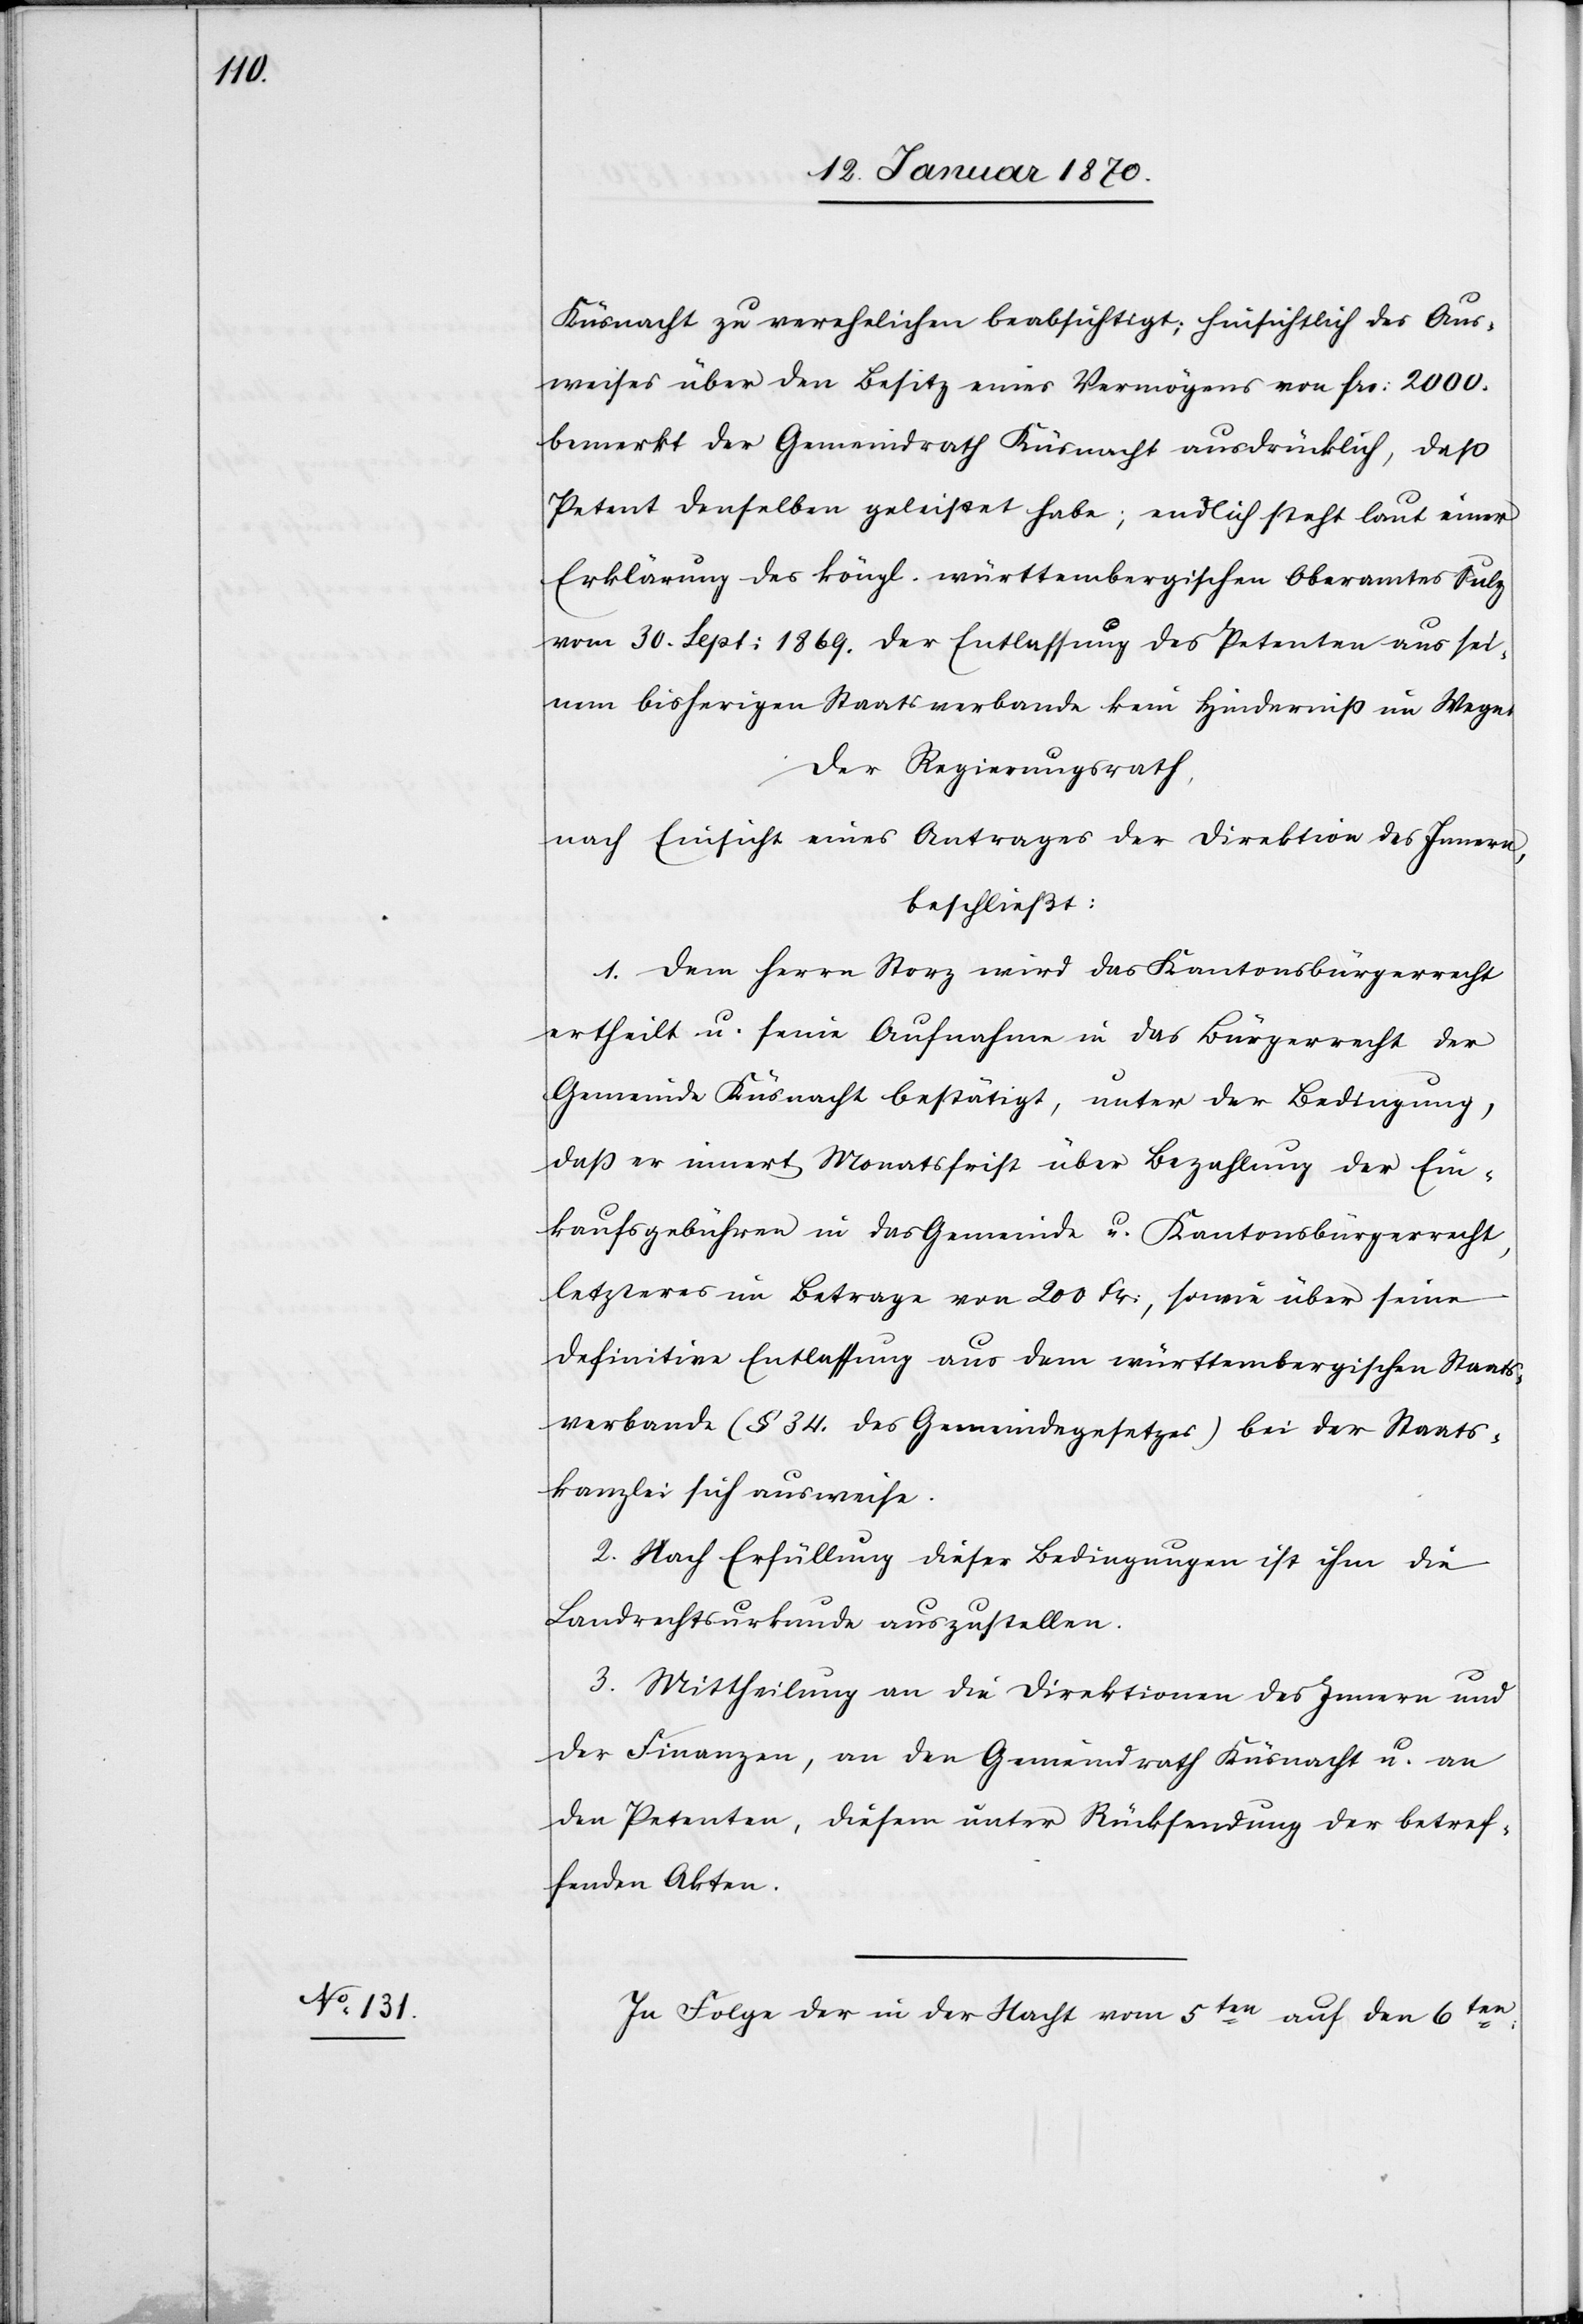
Küsnacht zu verehelichen beabsichtigt; hinsichtlich des Aus¬
weises über den Besitz eines Vermögens von frs: 2000.
bemerkt der Gemeindrath Küsnacht ausdrücklich, daß
Petent denselben geleistet habe; endlich steht laut einer
Erklärung des köngl. württembergischen Oberamtes Sulz
vom 30. Sept: 1869 der Entlassung des Petenten aus sei¬
nem bisherigen Staatsverbande kein Hinderniß im Wege.
Der Regierungsrath
nach Einsicht eines Antrages der Direktion des Innern,
beschließt:
1. Dem Herrn Storz wird das Kantonsbürgerrecht
ertheilt u. seine Aufnahme in das Bürgerrecht der
Gemeinde Küsnacht bestätigt, unter der Bedingung,
daß er innert Monatsfrist über Bezahlung der Ein¬
kaufsgebühren in das Gemeinde[-] u. Kantonsbürgerrecht,
letzteres in Betrage von 200 Fr:, sowie über seine
definitive Entlassung aus dem württembergischen Staats¬
verbande (§ 34. des Gemeindegesetzes) bei der Staats¬
kanzlei sich ausweise.
2. Nach Erfüllung dieser Bedingungen ist ihm die
Landrechtsurkunde auszustellen.
3. Mittheilung an die Direktionen des Innern und
der Finanzen, an den Gemeindrath Küsnacht u. an
den Petenten, diesem unter Rücksendung der betref¬
fenden Akten.
In Folge der in der Nacht vom 5ten auf den 6ten: